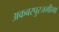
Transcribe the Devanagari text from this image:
अकबरपुरजमीमा